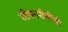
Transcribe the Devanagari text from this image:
जीवनशैलींची